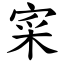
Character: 寀